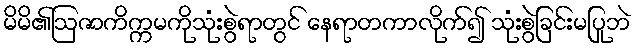
မိမိ၏ဩဇာကိက္ကမကိုသုံးစွဲရာတွင် နေရာတကာလိုက်၍ သုံးစွဲခြင်းမပြုဘဲ